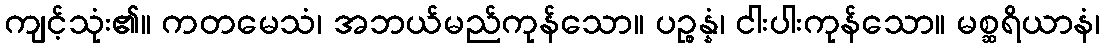
ကျင့်သုံး၏။ ကတမေသံ၊ အဘယ်မည်ကုန်သော။ ပဉ္စန္နံ၊ ငါးပါးကုန်သော။ မစ္ဆရိယာနံ၊